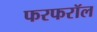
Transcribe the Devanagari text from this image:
फरफरॉल